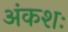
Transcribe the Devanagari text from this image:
अंकशः